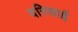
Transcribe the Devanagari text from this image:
वरिसाई